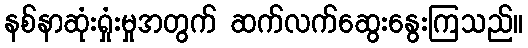
နစ်နာဆုံးရှုံးမှုအတွက် ဆက်လက်ဆွေးနွေးကြသည်။